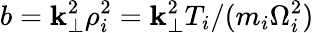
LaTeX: b=\mathbf{k}_{\perp}^{2}\rho_{i}^{2}=\mathbf{k}_{\perp}^{2}T_{i}/(m_{i}\Omega_{i}^{2})